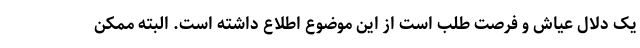
یک دلال عیاش و فرصت طلب است از این موضوع اطلاع داشته است. البته ممکن